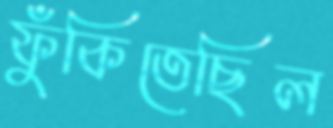
ফুঁকিতেছিল